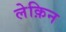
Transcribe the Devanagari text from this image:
लेक़िन